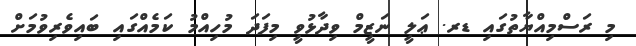
މި ރަސްމިއްޔާތުގައި ޑރ. ޢަލީ ނަޒީމް ވިދާޅުވީ މިފަދަ މުހިއްމު ކަމެއްގައި ބައިވެރިވުމަށް